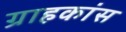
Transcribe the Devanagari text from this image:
ग्राहकांस